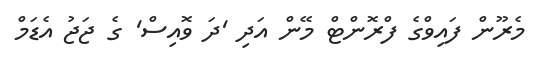
މެރޫން ފައިވްގެ ފްރޮންޓް މޭން އަދި 'ދަ ވޮއިސް' ގެ ޖަޖު އެޑަމް